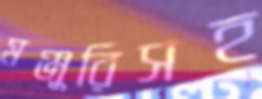
মঞ্জুরিসহ